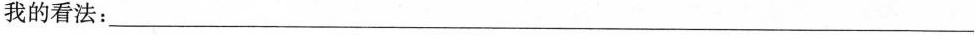
我的看法：___